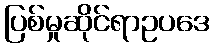
ပြစ်မှုဆိုင်ရာဥပဒေ